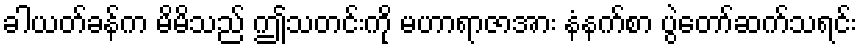
ခါယတ်ခန်က မိမိသည် ဤသတင်းကို မဟာရာဇာအား နံနက်စာ ပွဲတော်ဆက်သရင်း